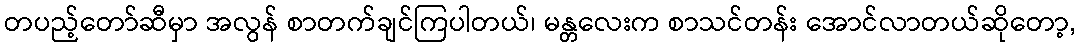
တပည့်တော်ဆီမှာ အလွန် စာတက်ချင်ကြပါတယ်၊ မန္တလေးက စာသင်တန်း အောင်လာတယ်ဆိုတော့,